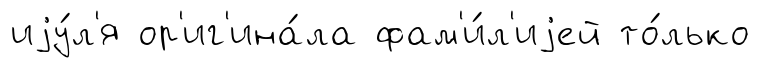
иjу́л'я ор'иг'ина́ла фам'и́л'иjей то́лько